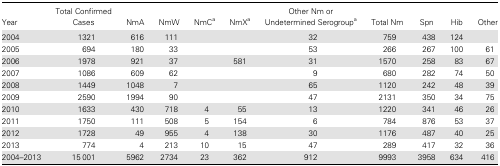
| Year | Total Confirmed Cases | NmA | NmW | NmCa | NmXa | Other Nm or Undetermined Serogroupa | Total Nm | Spn | Hib | Other |
 | --- | --- | --- | --- | --- | --- | --- | --- | --- | --- | --- |
 | 2004 | 1321 | 616 | 111 |  |  | 32 | 759 | 438 | 124 |  |
 | 2005 | 694 | 180 | 33 |  |  | 53 | 266 | 267 | 100 | 61 |
 | 2006 | 1978 | 921 | 37 |  | 581 | 31 | 1570 | 258 | 83 | 67 |
 | 2007 | 1086 | 609 | 62 |  |  | 9 | 680 | 282 | 74 | 50 |
 | 2008 | 1449 | 1048 | 7 |  |  | 65 | 1120 | 242 | 48 | 39 |
 | 2009 | 2590 | 1994 | 90 |  |  | 47 | 2131 | 350 | 34 | 75 |
 | 2010 | 1633 | 430 | 718 | 4 | 55 | 13 | 1220 | 341 | 46 | 26 |
 | 2011 | 1750 | 111 | 508 | 5 | 154 | 6 | 784 | 876 | 53 | 37 |
 | 2012 | 1728 | 49 | 955 | 4 | 138 | 30 | 1176 | 487 | 40 | 25 |
 | 2013 | 774 | 4 | 213 | 10 | 15 | 47 | 289 | 417 | 32 | 36 |
 | 2004–2013 | 15 001 | 5962 | 2734 | 23 | 362 | 912 | 9993 | 3958 | 634 | 416 |